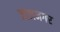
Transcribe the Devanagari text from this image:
जाजनगर